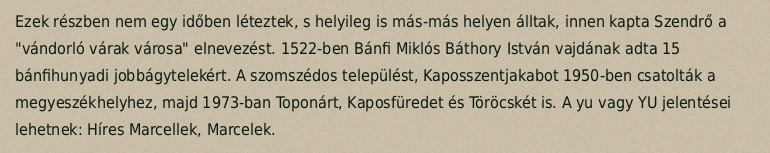
Ezek részben nem egy időben léteztek, s helyileg is más-más helyen álltak, innen kapta Szendrő a "vándorló várak városa" elnevezést. 1522-ben Bánfi Miklós Báthory István vajdának adta 15 bánfihunyadi jobbágytelekért. A szomszédos települést, Kaposszentjakabot 1950-ben csatolták a megyeszékhelyhez, majd 1973-ban Toponárt, Kaposfüredet és Töröcskét is. A yu vagy YU jelentései lehetnek: Híres Marcellek, Marcelek.